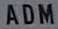
ADM